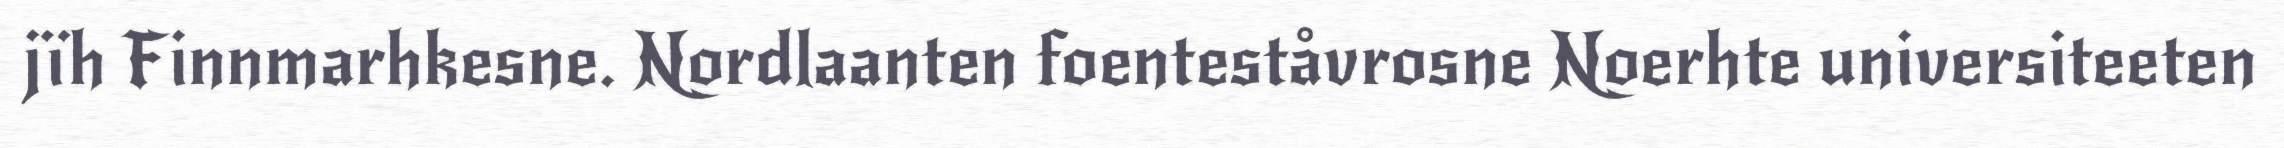
jïh Finnmarhkesne. Nordlaanten foenteståvrosne Noerhte universiteeten